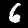
Digit: 6